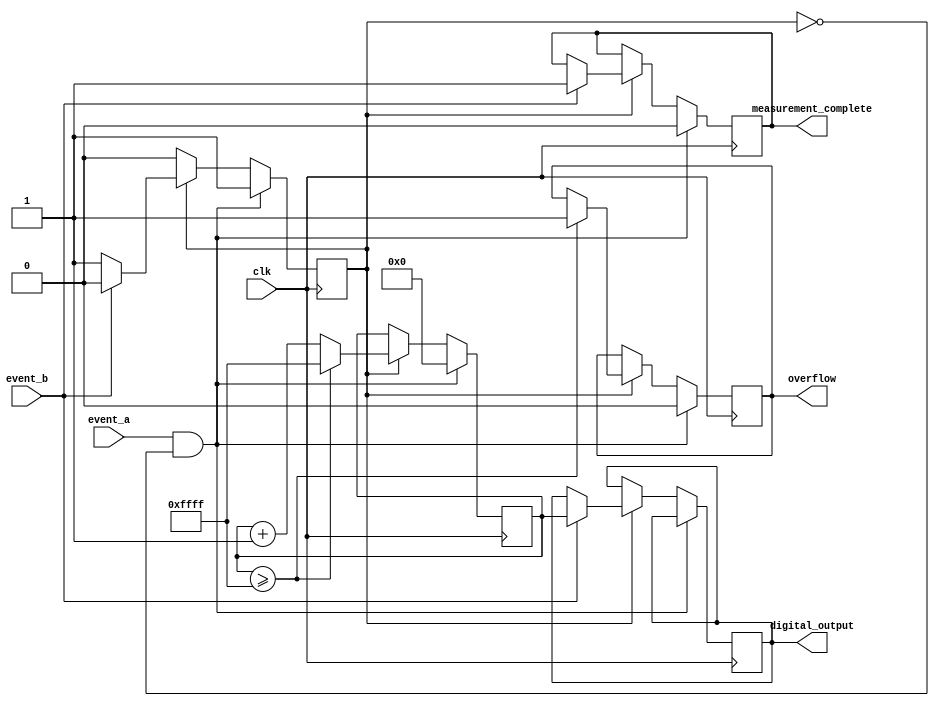
module TDC(
    input wire clk,             // High-resolution clock
    input wire event_a,        // Event A signal (start)
    input wire event_b,        // Event B signal (stop)
    output reg [15:0] digital_output, // Digitized output
    output reg overflow,       // Overflow indicator
    output reg measurement_complete // Measurement complete indicator
);

// Parameters
parameter COUNTER_MAX = 16'hFFFF; // Maximum value for 16-bit counter

// Internal Signals
reg [15:0] counter;               // Counter to measure time intervals
reg measuring;                    // State flag to indicate measuring state

// State Machine
always @(posedge clk) begin
    if (event_a && !measuring) begin
        // Start measuring on Event A
        measuring <= 1'b1;
        counter <= 16'h0000;     // Reset counter
        overflow <= 1'b0;        // Reset overflow
        measurement_complete <= 1'b0; // Reset completion flag
    end 
    else if (measuring) begin
        // Count clock cycles while measuring
        counter <= counter + 1;
        if (counter >= COUNTER_MAX) begin
            // Handle overflow
            overflow <= 1'b1;      // Set overflow flag
            counter <= COUNTER_MAX; // Cap the counter
        end
        if (event_b) begin
            // Stop measuring on Event B
            measuring <= 1'b0;
            digital_output <= counter; // Store final counter value
            measurement_complete <= 1'b1; // Indicate completion
        end
    end
end

endmodule